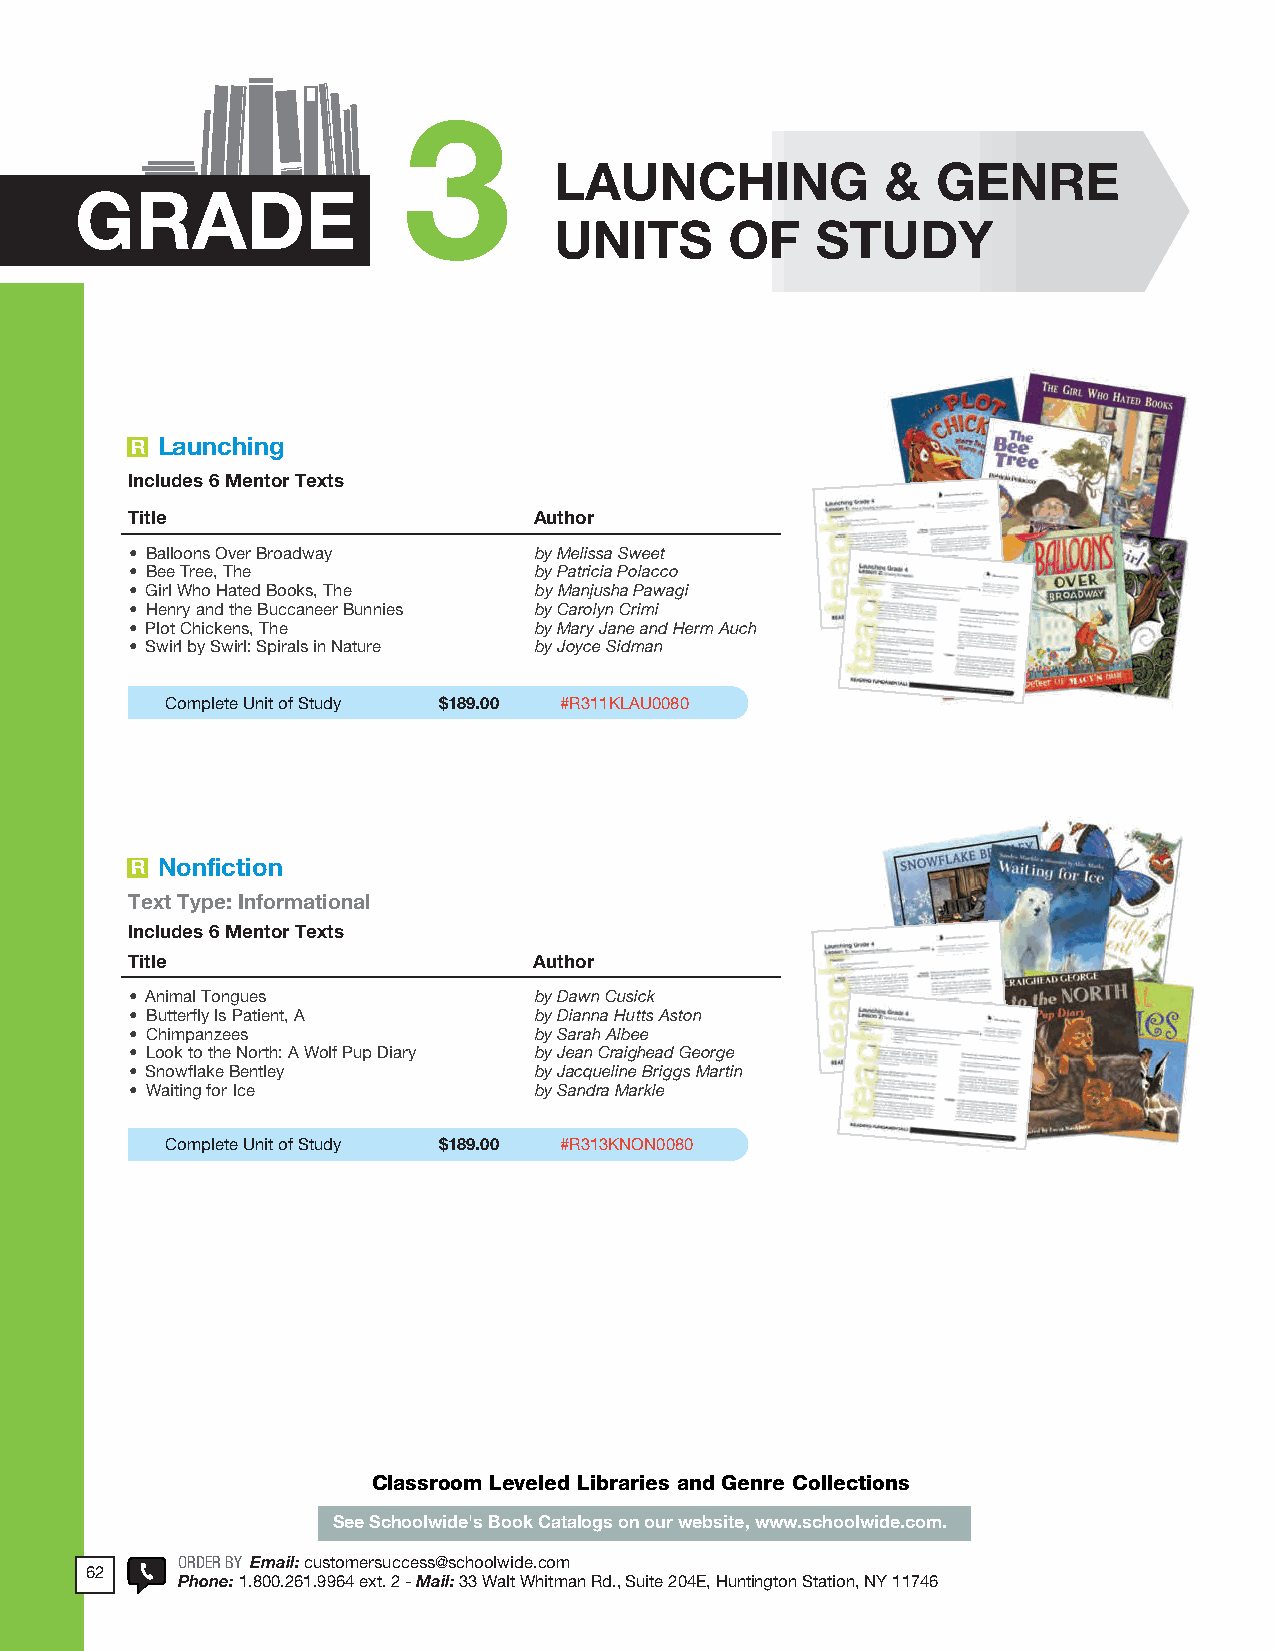
2018 ProdSamp_Layout 1 7/28/17 12:09 PM Page 188
 3
 LAUNCHING             &  GENRE
 GRADE
 UNITS      OF    STUDY
 R Launching
 Includes 6 Mentor Texts
 Title                      Author
 • Balloons Over Broadway  by Melissa Sweet
 • Bee Tree, The           by Patricia Polacco
 • Girl Who Hated Books, The by Manjusha Pawagi
 • Henry and the Buccaneer Bunnies by Carolyn Crimi
 • Plot Chickens, The      by Mary Jane and Herm Auch
 • Swirl by Swirl: Spirals in Nature by Joyce Sidman
 Complete Unit of Study $189.00 #R311KLAU0080
 R Nonfiction
 Text Type: Informational
 Includes 6 Mentor Texts
 Title                      Author
 • Animal Tongues          by Dawn Cusick
 • Butterfly Is Patient, A by Dianna Hutts Aston
 • Chimpanzees             by Sarah Albee
 • Look to the North: A Wolf Pup Diary by Jean Craighead George
 • Snowflake Bentley       by Jacqueline Briggs Martin
 • Waiting for Ice         by Sandra Markle
 Complete Unit of Study $189.00 #R313KNON0080
 Classroom Leveled Libraries and Genre Collections
 See Schoolwide's Book Catalogs on our website, www.schoolwide.com.
 ORDER BY Email: customersuccess@schoolwide .com
 62
 POhRoDnEeR :B 1Y . 8E0m0 .a2i6l:1 c .u9s9to6m4e resxertv . ic2e @- Mschaoiol:l w3id3e .Wcoamlt Whitman Rd ., Suite 204E, Huntington Station, NY 11746
 134    Phone: 1.800.261.9964 - Fax: 1.866.333.1130 - Mail: 33 Walt Whitman Rd., Suite 204E, Huntington Station, NY 11746